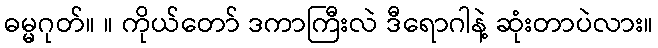
ဓမ္မဂုတ်။ ။ ကိုယ်တော် ဒကာကြီးလဲ ဒီရောဂါနဲ့ ဆုံးတာပဲလား။